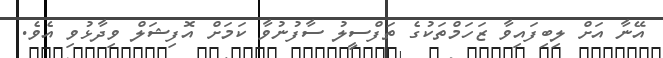
އޭނާ އަށް ލިބިފައިވާ ޒަހަމްތަކުގެ ތަފްސީލު ސާފުނުވާ ކަމަށް އޮފިޝަލް ވިދާޅުވި އެވެ.